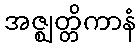
အဇ္ဈတ္တိကာနံ